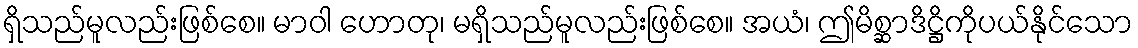
ရှိသည်မူလည်းဖြစ်စေ။ မာဝါ ဟောတု၊ မရှိသည်မူလည်းဖြစ်စေ။ အယံ၊ ဤမိစ္ဆာဒိဋ္ဌိကိုပယ်နိုင်သော